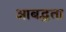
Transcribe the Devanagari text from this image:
आबद्धता